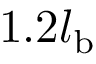
1 . 2 l _ { \mathrm { b } }